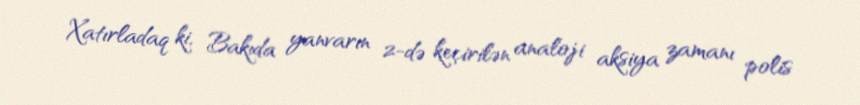
Xatırladaq ki, Bakıda yanvarın 2-də keçirilən analoji aksiya zamanı polis